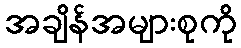
အချိန်အများစုကို